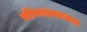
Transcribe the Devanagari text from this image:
प्रतिसादाबाबतचा